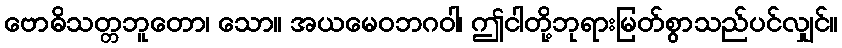
ဗောဓိသတ္တဘူတော၊ သော။ အယမေဝဘဂဝါ၊ ဤငါတို့ဘုရားမြတ်စွာသည်ပင်လျှင်။